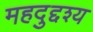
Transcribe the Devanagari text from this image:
महदुद्दश्य